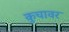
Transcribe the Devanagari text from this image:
कुचावर